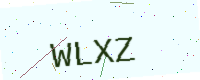
Text: WLXZ